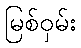
မြစ်ဝှမ်း